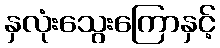
နှလုံးသွေးကြောနှင့်